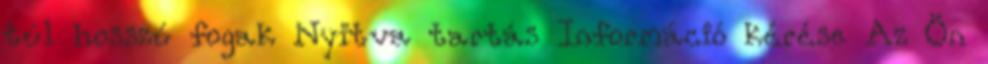
túl hosszú fogak Nyitva tartás Információ kérése Az Ön